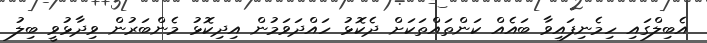
އެބިލްގައި ހިމެނިފައިވާ ބައެއް ކަންތައްތަކަށް ދެކޮޅު ހައްދަވަމުން އިދިކޮޅު މެންބަރުން ވިދާޅުވީ ބިލު